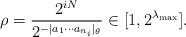
LaTeX: \begin{align*}\rho=\frac{2^{iN}}{2^{-|a_1\cdots a_{n_i}|_{\theta}}}\in[1, 2^{\lambda_{\max}}].\end{align*}